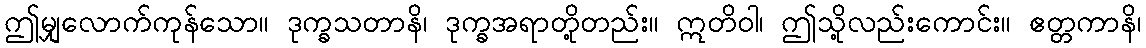
ဤမျှလောက်ကုန်သော။ ဒုက္ခသတာနိ၊ ဒုက္ခအရာတို့တည်း။ ဣတိဝါ၊ ဤသို့လည်းကောင်း။ ဧတ္တကာနိ၊